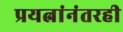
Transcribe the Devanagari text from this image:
प्रयत्नांनंतरही